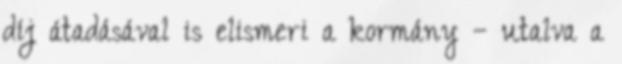
díj átadásával is elismeri a kormány – utalva a